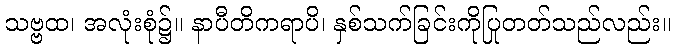
သဗ္ဗထ၊ အလုံးစုံ၌။ နာပီတိကရာပိ၊ နှစ်သက်ခြင်းကိုပြုတတ်သည်လည်း။